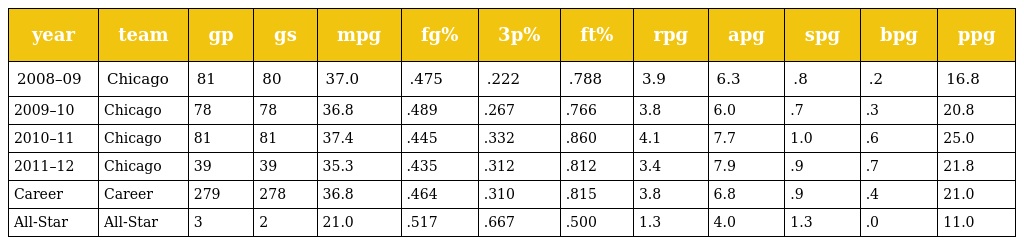
| year | team | gp | gs | mpg | fg% | 3p% | ft% | rpg | apg | spg | bpg | ppg |
 | --- | --- | --- | --- | --- | --- | --- | --- | --- | --- | --- | --- | --- |
 | 2008–09 | Chicago | 81 | 80 | 37.0 | .475 | .222 | .788 | 3.9 | 6.3 | .8 | .2 | 16.8 |
 | 2009–10 | Chicago | 78 | 78 | 36.8 | .489 | .267 | .766 | 3.8 | 6.0 | .7 | .3 | 20.8 |
 | 2010–11 | Chicago | 81 | 81 | 37.4 | .445 | .332 | .860 | 4.1 | 7.7 | 1.0 | .6 | 25.0 |
 | 2011–12 | Chicago | 39 | 39 | 35.3 | .435 | .312 | .812 | 3.4 | 7.9 | .9 | .7 | 21.8 |
 | Career | Career | 279 | 278 | 36.8 | .464 | .310 | .815 | 3.8 | 6.8 | .9 | .4 | 21.0 |
 | All-Star | All-Star | 3 | 2 | 21.0 | .517 | .667 | .500 | 1.3 | 4.0 | 1.3 | .0 | 11.0 |